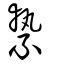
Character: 縶